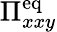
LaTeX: \Pi_{xxy}^{\mathrm{eq}}